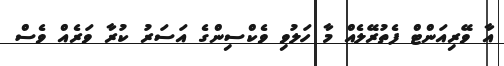
އާ ވޭރިއަންޓް ފެތުރޭލެއް މާ ހަލުވި ވެކްސިންގެ އަސަރު ކުރާ ވަރެއް ވެސް